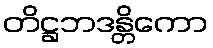
တိဋ္ဌဘဒန္တိကော